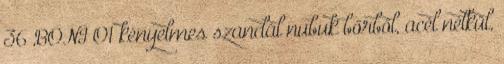
36 BONI O1 kényelmes szandál nubuk bőrből, acél nélkül,